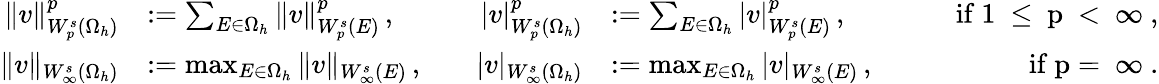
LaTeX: \begin{array}{rlrlr}{\| v\| _{W_{p}^{s}(\Omega_{h})}^{p}}&{:=\sum_{E\in\Omega_{h}}\| v\| _{W_{p}^{s}(E)}^{p}\, ,}&{\quad|v|_{W_{p}^{s}(\Omega_{h})}^{p}}&{:=\sum_{E\in\Omega_{h}}|v|_{W_{p}^{s}(E)}^{p}\, ,}&{\qquad\mathrm{if~1~\leq~p~<~\infty~,}}\\ {\| v\| _{W_{\infty}^{s}(\Omega_{h})}}&{:=\operatorname*{max}_{E\in\Omega_{h}}\| v\| _{W_{\infty}^{s}(E)}\, ,}&{\quad|v|_{W_{\infty}^{s}(\Omega_{h})}}&{:=\operatorname*{max}_{E\in\Omega_{h}}|v|_{W_{\infty}^{s}(E)}\, ,}&{\qquad\mathrm{if~p=~\infty~.}}\end{array}